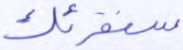
سنقرئك